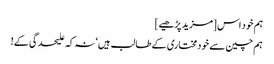
ہم خود اس [مزید پڑھیے]
ہم چین سے خودمختاری کے طالب ہیں‘ نہ کہ علیحدگی کے!